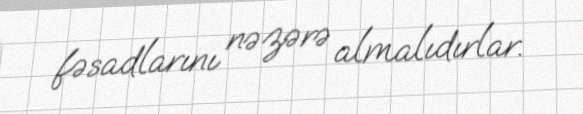
fəsadlarını nəzərə almalıdırlar.